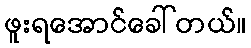
ဖူးရအောင်ခေါ်တယ်။